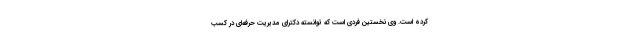
کرده است. وی نخستین فردی است که توانسته دکترای مدیریت حرفه‌ای در کسب